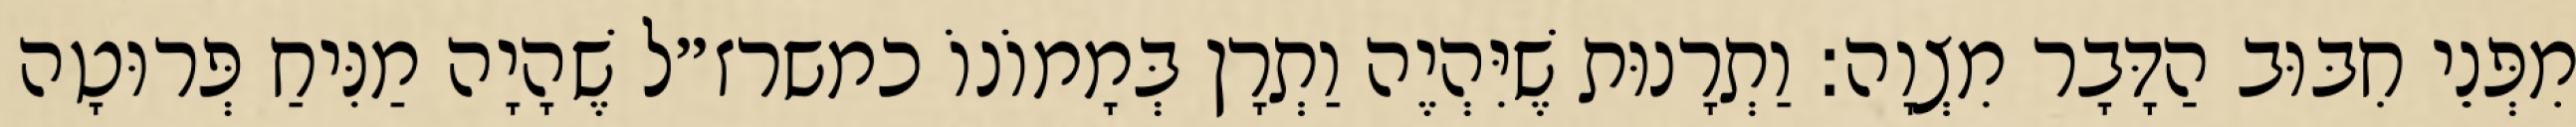
מִפְּנֵי חִבּוּב הַדָּבָר מִצְוָה: וַתְרָנוּת שֶׁיִּהְיֶה וַתְרָן בְּמָמוֹנוֹ כמשרז״ל שֶׁהָיָה מַנִּיחַ פְּרוּטָה